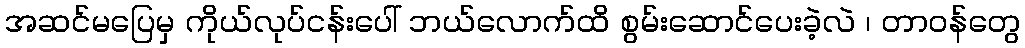
အဆင်မပြေမှ ကိုယ်လုပ်ငန်းပေါ် ဘယ်လောက်ထိ စွမ်းဆောင်ပေးခဲ့လဲ ၊ တာဝန်တွေ